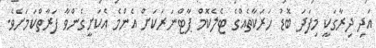
އަދި ދިރާގަކީ މިފަދަ ބޮޑު ހަރަކާތެއްގެ ޓެލެކޮމް ޕާޓްނަރަކަށް އެންމެ އެކަށީގެންވާ ފަރާތްކަމަށެވެ.